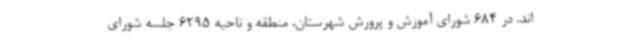
اند. در 684 شورای آموزش و پرورش شهرستان، منطقه و ناحیه 6295 جلسه شورای